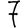
Digit: 7